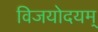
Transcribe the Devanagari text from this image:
विजयोदयम्